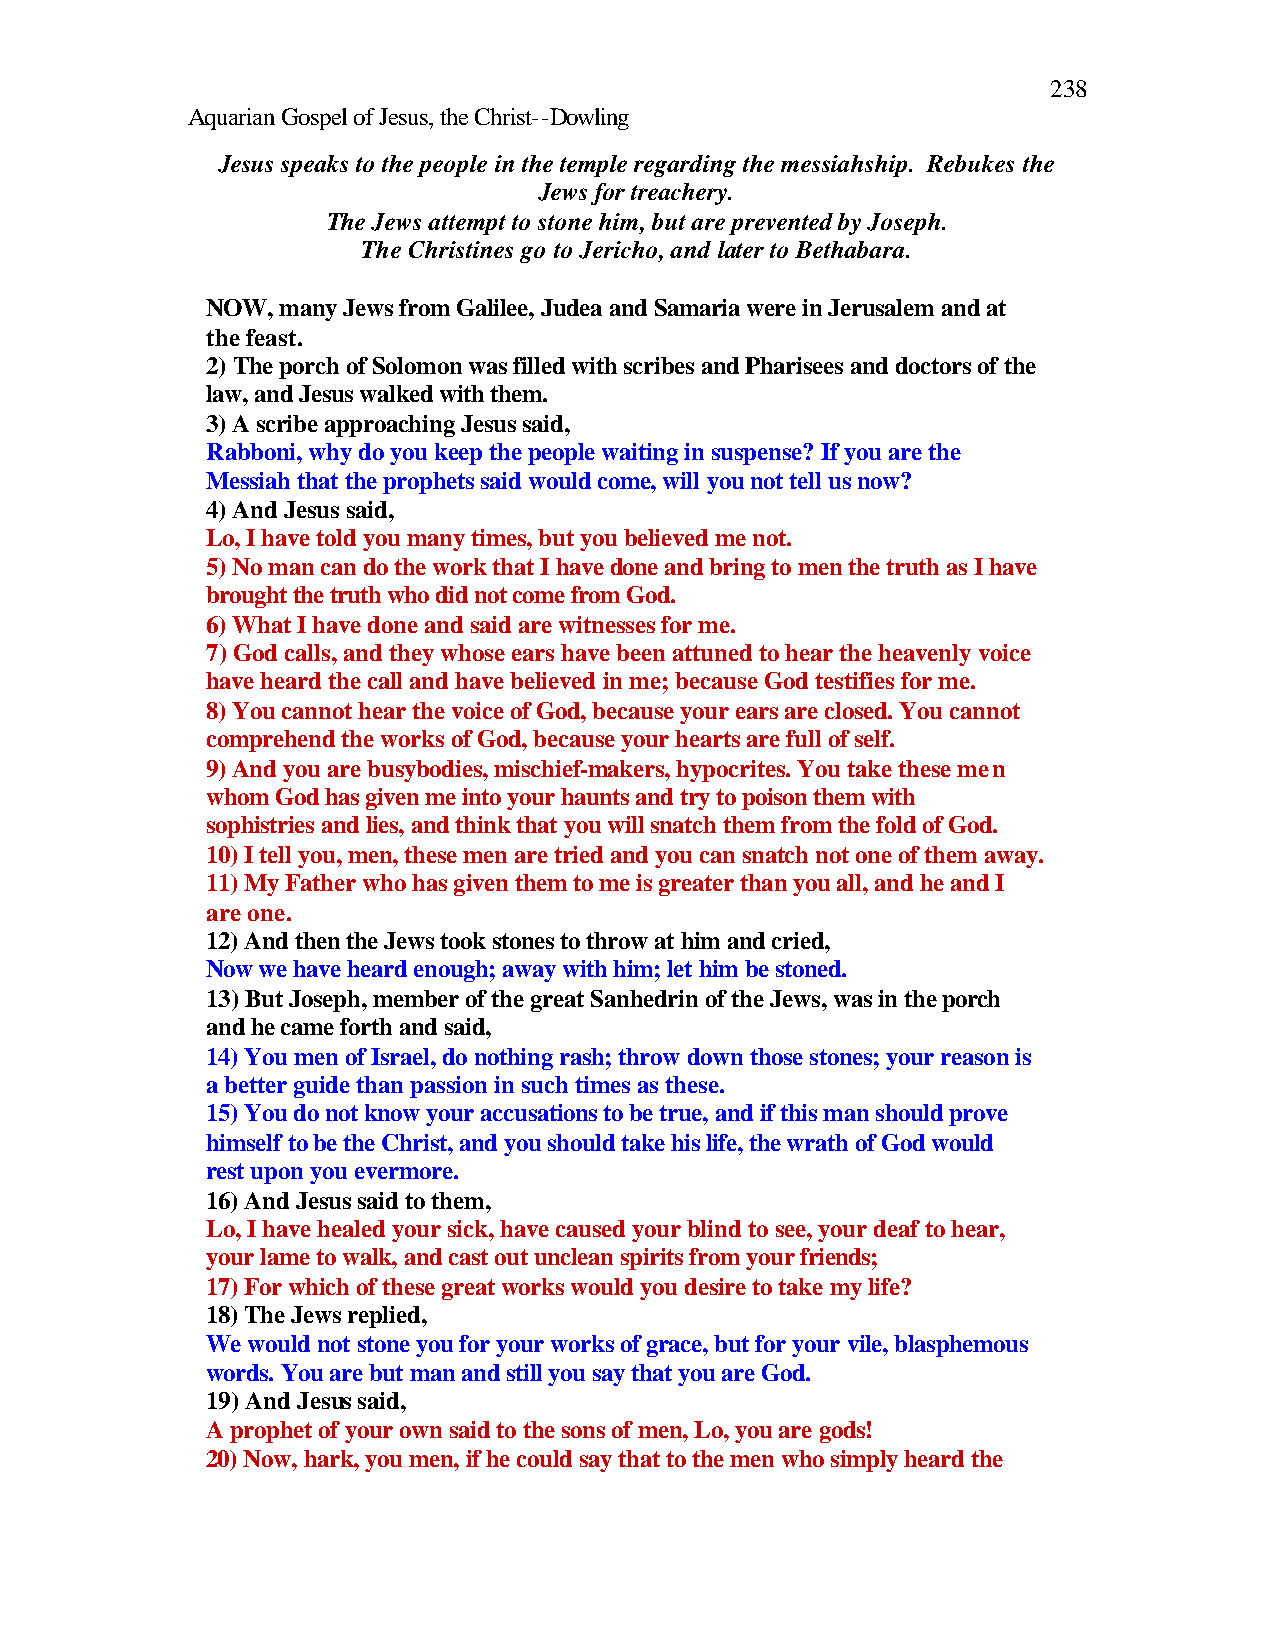
238
 Aquarian Gospel of Jesus, the Christ--Dowling
 Jesus speaks to the people in the temple regarding the messiahship. Rebukes the
 Jews for treachery.
 The Jews attempt to stone him, but are prevented by Joseph.
 The Christines go to Jericho, and later to Bethabara.
 NOW, many Jews from Galilee, Judea and Samaria were in Jerusalem and at
 the feast.
 2) The porch of Solomon was filled with scribes and Pharisees and doctors of the
 law, and Jesus walked with them.
 3) A scribe approaching Jesus said,
 Rabboni, why do you keep the people waiting in suspense? If you are the
 Messiah that the prophets said would come, will you not tell us now?
 4) And Jesus said,
 Lo, I have told you many times, but you believed me not.
 5) No man can do the work that I have done and bring to men the truth as I have
 brought the truth who did not come from God.
 6) What I have done and said are witnesses for me.
 7) God calls, and they whose ears have been attuned to hear the heavenly voice
 have heard the call and have believed in me; because God testifies for me.
 8) You cannot hear the voice of God, because your ears are closed. You cannot
 comprehend the works of God, because your hearts are full of self.
 9) And you are busybodies, mischief-makers, hypocrites. You take these men
 whom God has given me into your haunts and try to poison them with
 sophistries and lies, and think that you will snatch them from the fold of God.
 10) I tell you, men, these men are tried and you can snatch not one of them away.
 11) My Father who has given them to me is greater than you all, and he and I
 are one.
 12) And then the Jews took stones to throw at him and cried,
 Now we have heard enough; away with him; let him be stoned.
 13) But Joseph, member of the great Sanhedrin of the Jews, was in the porch
 and he came forth and said,
 14) You men of Israel, do nothing rash; throw down those stones; your reason is
 a better guide than passion in such times as these.
 15) You do not know your accusations to be true, and if this man should prove
 himself to be the Christ, and you should take his life, the wrath of God would
 rest upon you evermore.
 16) And Jesus said to them,
 Lo, I have healed your sick, have caused your blind to see, your deaf to hear,
 your lame to walk, and cast out unclean spirits from your friends;
 17) For which of these great works would you desire to take my life?
 18) The Jews replied,
 We would not stone you for your works of grace, but for your vile, blasphemous
 words. You are but man and still you say that you are God.
 19) And Jesus said,
 A prophet of your own said to the sons of men, Lo, you are gods!
 20) Now, hark, you men, if he could say that to the men who simply heard the